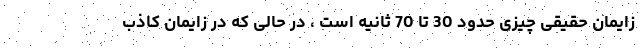
زایمان حقیقی چیزی حدود 30 تا 70 ثانیه است ، در حالی که در زایمان کاذب